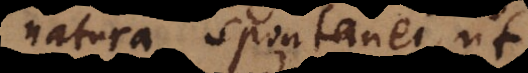
natura spontanei, ut